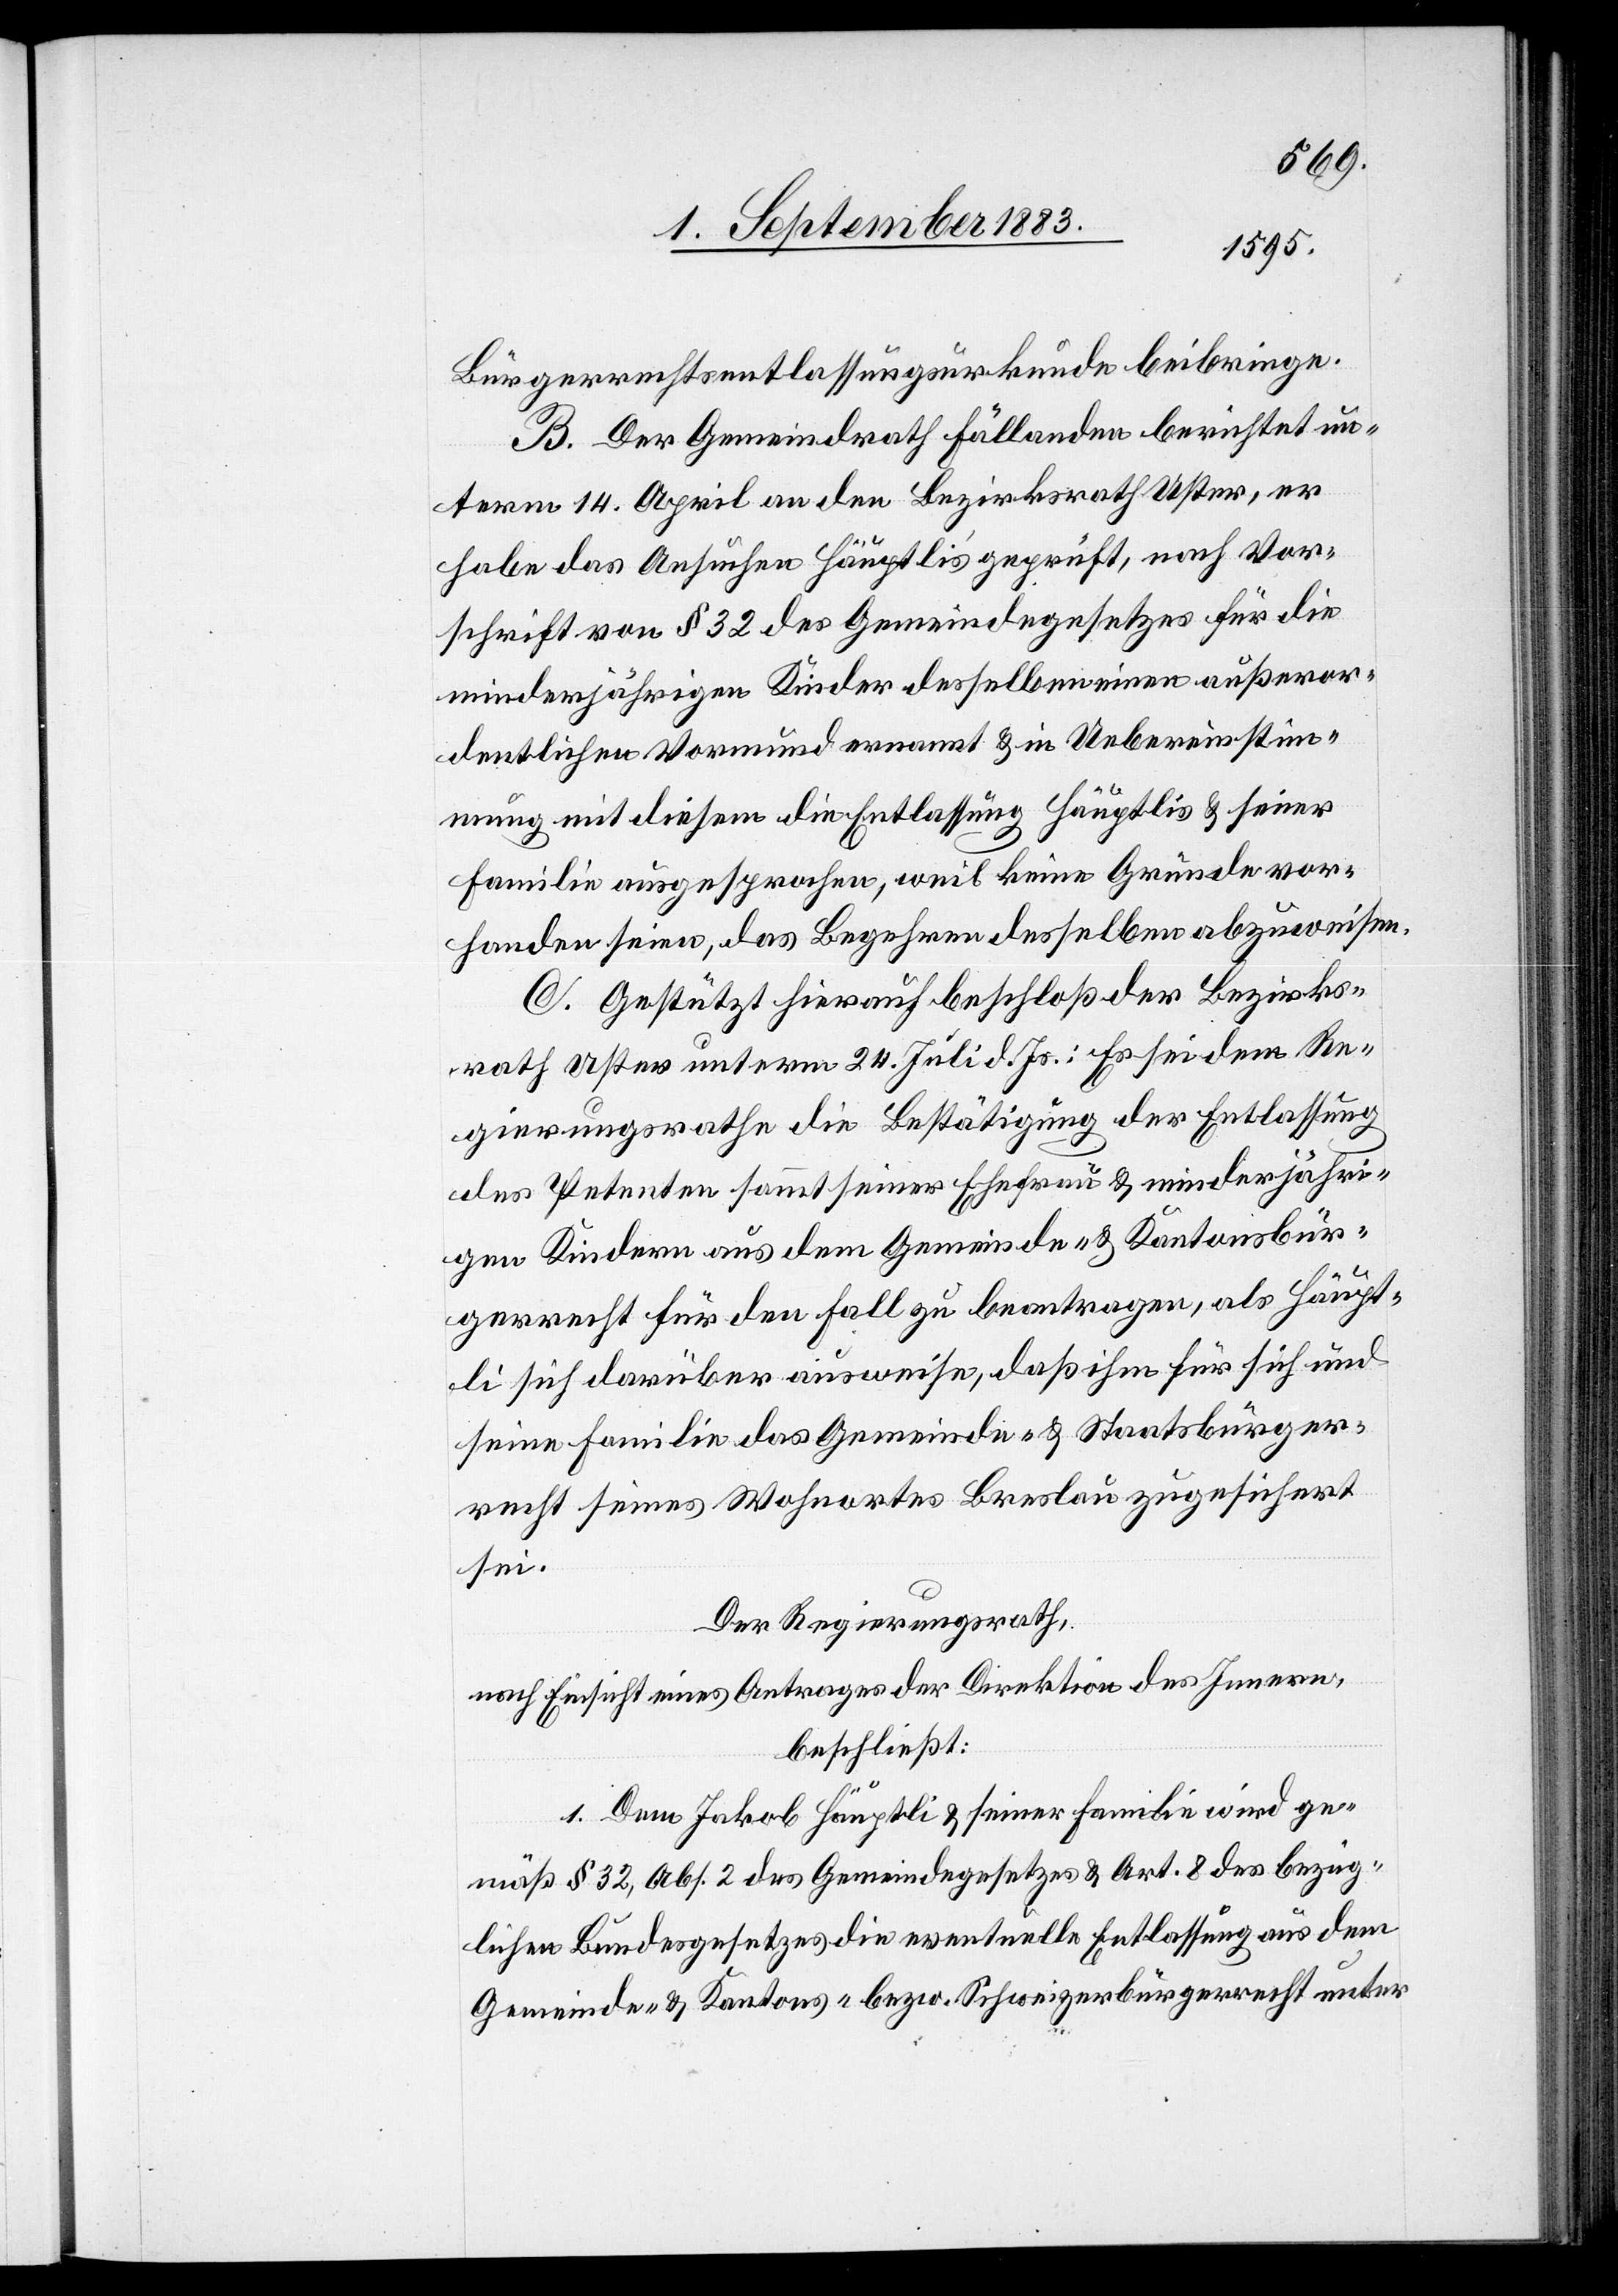
Bürgerrechtsentlassungsurkunde beibringe.
B. Der Gemeindrath Fällanden berichtet un¬
term 14. April an den Bezirksrath Uster, er
habe das Ansuchen Häuptli’s geprüft, nach Vor¬
schrift von § 32 des Gemeindegesetzes für die
minderjährigen Kinder desselben einen außeror¬
dentlichen Vormund ernannt & in Uebereinstim¬
mung mit diesem die Entlassung Häuptlis & seiner
Familie ausgesprochen, weil keine Gründe vor¬
handen seien, das Begehren desselben abzuweisen.
C. Gestützt hierauf beschloß der Bezirks¬
rath Uster unterm 24. Juli d. Js.: Es sei dem Re¬
gierungsrathe die Bestätigung der Entlassung
des Petenten sammt seiner Ehefrau & minderjähri¬
gen Kindern aus dem Gemeinde- & Kantonsbür¬
gerrecht für den Fall zu beantragen, als Häupt¬
li sich darüber ausweise, daß ihm für sich und
seine Familie das Gemeinde- & Staatsbürger¬
recht seines Wohnortes Breslau zugesichert
sei.
Der Regierungsrath,
nach Einsicht eines Antrages der Direktion des Innern,
beschließt:
1. Dem Jakob Häuptli & seiner Familie wird ge¬
mäß § 32, Abs. 2 des Gemeindegesetzes & Art. 8 des bezüg¬
lichen Bundesgesetzes die eventuelle Entlassung aus dem
Gemeinde- & Kantons- bezw. Schweizerbürgerrecht unter